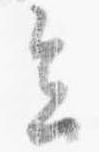
会